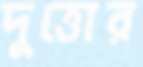
দুত্তোর